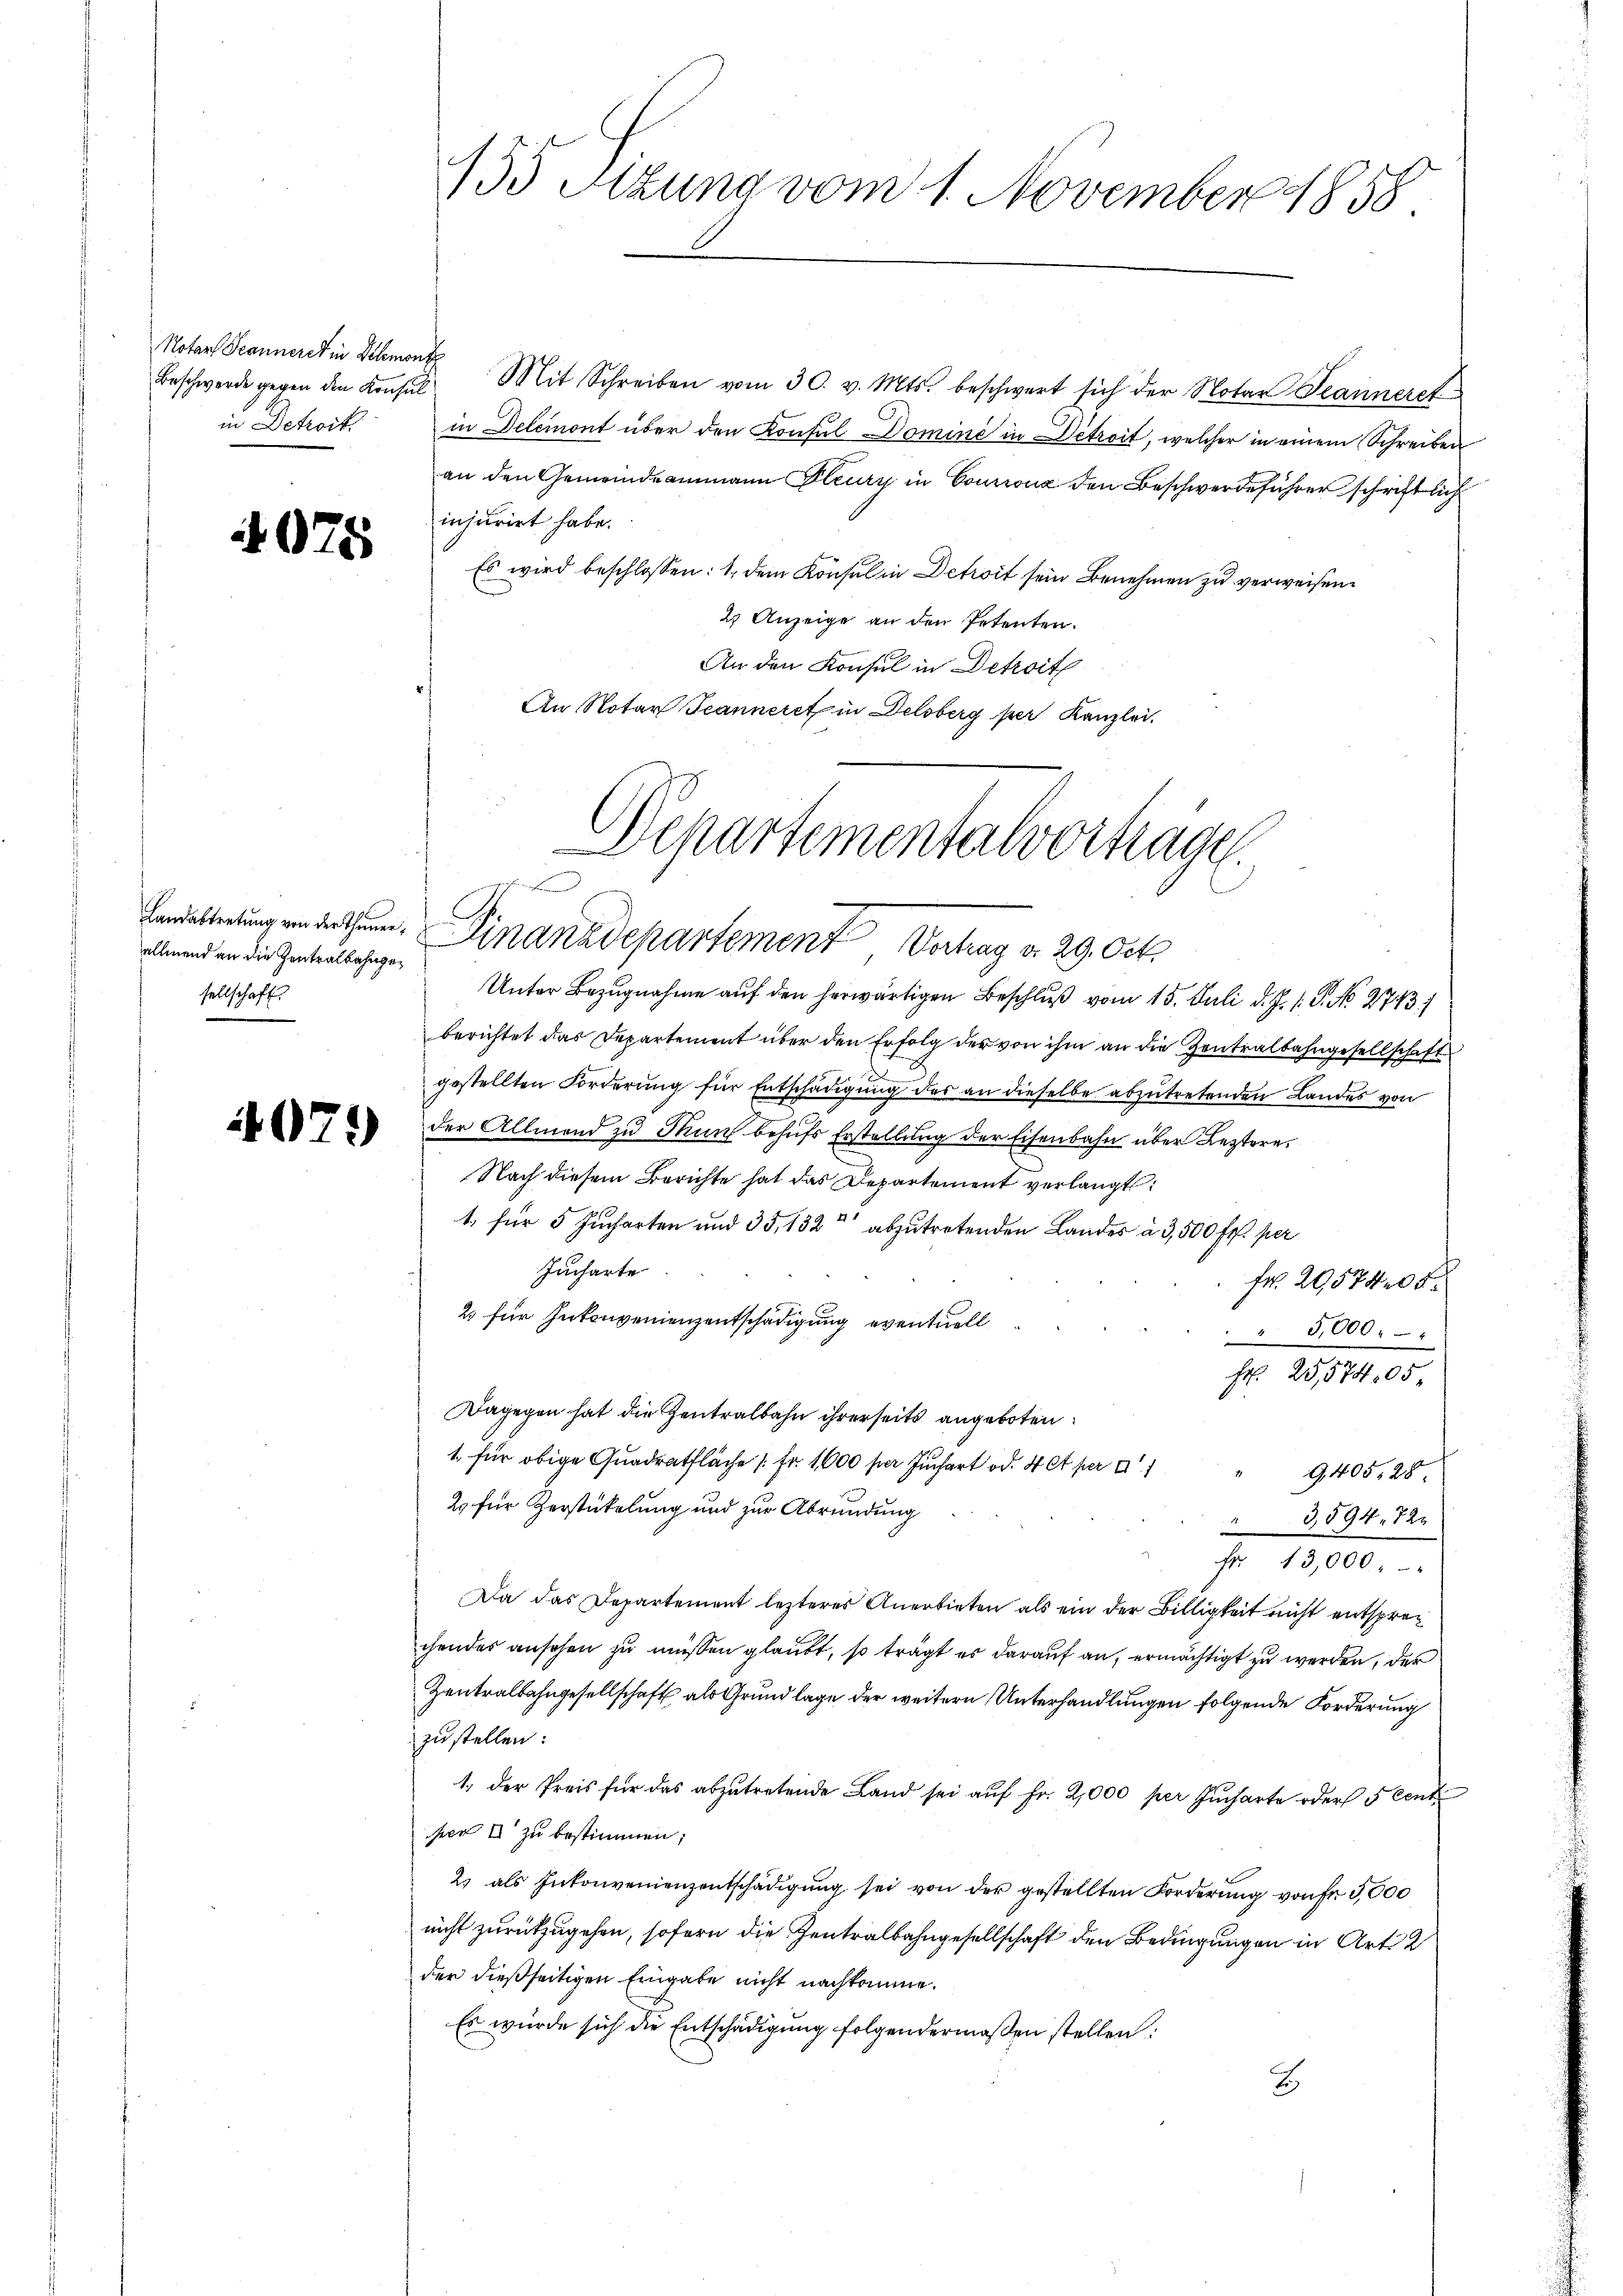
Notar Jeanneret in Delemont
in Betreit

4075

allmend an die Zentralbahngesellschaft.

4079)

Beschwerde gegen den Konsŭl. Mit Schreiben vom 30. v. Mts. beschwert sich der Notar Jeanneret
in Delemont über den Konsul Domini in Détroit, welcher in einem Schreiben
an den Gemeindeammann Flury in Courrouz den Beschwerdeführer schriftlich
injurirt habe.
Es wird beschlossen: 1. dem Konsul in Detroit sein Benehmen zu verweisen.
2 Anzeige an den Petenten.
An den Konsul in Detroit
An Notar Jeanneret in Delsberg per Kanzlei.

155 Sizung vom 1. November 1858

Departementalvorträge.
t
Bandelterung verrathen. Finanzdepartement Vertrag v. 29. Oct.

Unter Bezugnahme auf den herwärtigen Beschluß vom 15. Juli d. J. P. G. No. 2713/
berichtet das Departement über den Erfolg der von ihm an die Zentralbahngesellschaft
gestellten Forderung für Entschädigung des an dieselbe abzutretenden Landes von
der Allmend zu Thun behufs Erstellung der Eisenbahn über Leztere
Nach diesem Berichte hat das Departement verlangt:
t, für 5 Jucharten und 35, 132 abzutretenden Landes à 3,500 fr. per
Jucharte
fr. 20,57405.
2 für Inkonvenienzentschädigung eventuell
" 5,000 . 4
Fr. 20,574,05
Dagegen hat die Zentralbahn ihrerseits angeboten.
1. für obige Quadratfläche (fr. 1600 per Juchart od. 4 et per u. 1
" 9,405, 28.
2. für Herstickelung und zur Abründung
3,594, 724
Fr. 13,000
Da das Departement lezteres Anerbieten als ein der Billigkeit nicht entsprec
chendes ansehen zu müssen glaubt, so trägt er darauf an, ermächtigt zu werden, der
Zentralbahngesellschaft als Grundlage der weitern Unterhandlungen folgende Forderung
zustellen:
1. der Preis für das abzutretende Land sei auf Fr. 2,000 per Jucharte oder 5 Cent
per I zu bestimmen;
2) als Inkonvenienzentschädigung sei von der gestellten Forderung von fr 5,000
nicht zurückzugehen, sofern die Zentralbahngesellschaft den Bedingungen in Art. 2
der dießseitigen Eingabe nicht nachkomme.
Es wurde sich die Entschädigung folgendermaßen stellen:
2